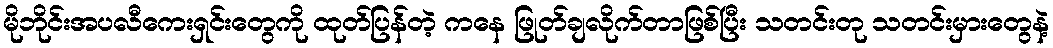
မိုဘိုင်းအပလီကေးရှင်းတွေကို ထုတ်ပြန်တဲ့ ကနေ ဖြုတ်ချလိုက်တာဖြစ်ပြီး သတင်းတု သတင်းမှားတွေနဲ့